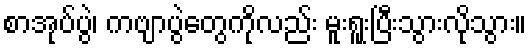
စာအုပ်ပွဲ၊ ကဗျာပွဲတွေကိုလည်း မူးရူးပြီးသွားလိုသွား။